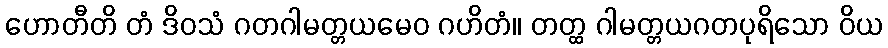
ဟောတီတိ တံ ဒိဝသံ ဂတဂါမတ္တယမေဝ ဂဟိတံ။ တတ္ထ ဂါမတ္တယဂတပုရိသော ဝိယ